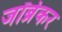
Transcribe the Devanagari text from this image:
जॉब्रेकर